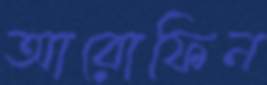
আরোফিন